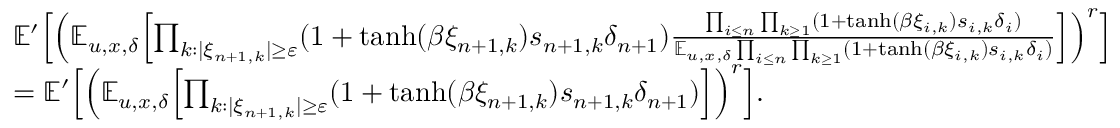
\begin{array} { r l } & { \mathbb E ^ { \prime } \Bigl [ \Bigl ( \mathbb E _ { u , x , \delta } \Bigl [ \prod _ { k : | \xi _ { n + 1 , k } | \geq \varepsilon } ( 1 + \operatorname { t a n h } ( \beta \xi _ { n + 1 , k } ) s _ { n + 1 , k } \delta _ { n + 1 } ) \frac { \prod _ { i \le n } \prod _ { k \ge 1 } ( 1 + \operatorname { t a n h } ( \beta \xi _ { i , k } ) s _ { i , k } \delta _ { i } ) } { \mathbb E _ { u , x , \delta } \prod _ { i \le n } \prod _ { k \ge 1 } ( 1 + \operatorname { t a n h } ( \beta \xi _ { i , k } ) s _ { i , k } \delta _ { i } ) } \Bigr ] \Bigr ) ^ { r } \Bigr ] } \\ & { = \mathbb E ^ { \prime } \Bigl [ \Bigl ( \mathbb E _ { u , x , \delta } \Bigl [ \prod _ { k : | \xi _ { n + 1 , k } | \geq \varepsilon } ( 1 + \operatorname { t a n h } ( \beta \xi _ { n + 1 , k } ) s _ { n + 1 , k } \delta _ { n + 1 } ) \Bigr ] \Bigr ) ^ { r } \Bigr ] . } \end{array}